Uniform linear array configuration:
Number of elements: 24
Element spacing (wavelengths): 0.75
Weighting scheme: hamming
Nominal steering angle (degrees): -60
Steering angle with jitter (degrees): -61.224
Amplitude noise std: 0.05
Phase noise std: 0.05

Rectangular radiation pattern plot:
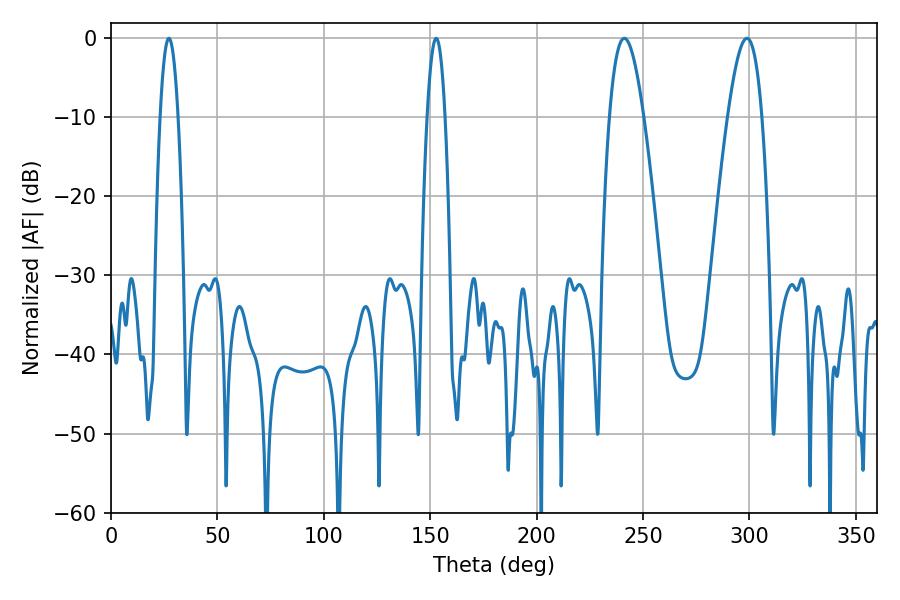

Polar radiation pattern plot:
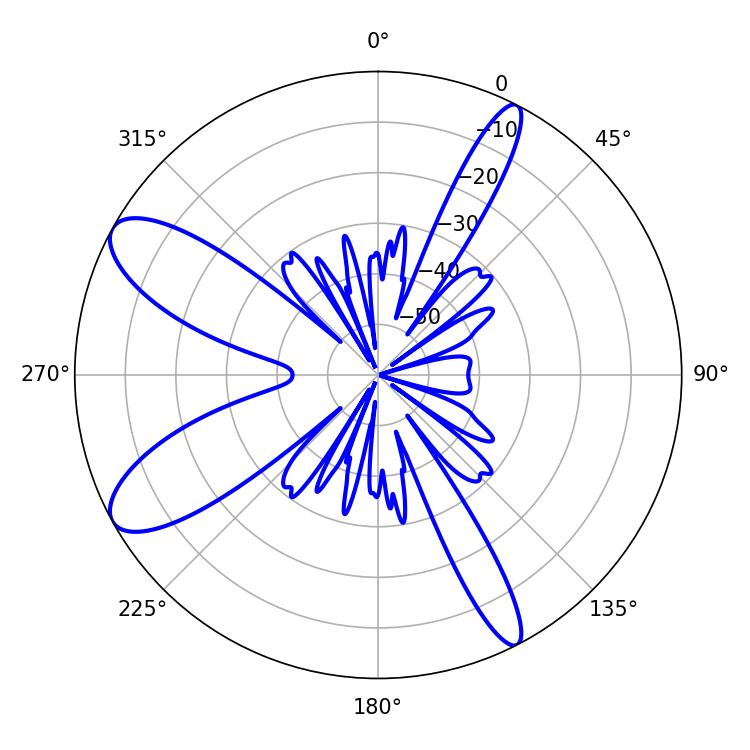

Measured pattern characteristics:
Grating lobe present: TRUE
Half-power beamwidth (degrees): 8.82
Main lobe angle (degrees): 241.2